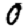
Digit: 0